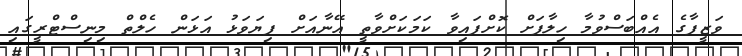
ވަޒީފާގެ އެއްބަސްވުމާ ހިލާފަށް ކޮށްފައިވާ ކަމަކަށްވާތީ އޭނާއަށް ފިޔަވަޅު އަޅަން ހެލްތް މިނިސްޓްރީގައި